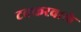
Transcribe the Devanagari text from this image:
टक्करवाले